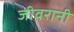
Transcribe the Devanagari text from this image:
जीवरानी